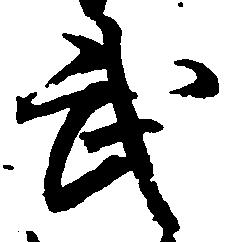
武